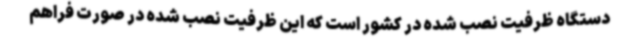
دستگاه ظرفیت نصب شده در کشور است که این ظرفیت نصب شده در صورت فراهم